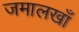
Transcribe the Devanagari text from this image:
जमालखाँ